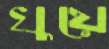
খুয়ে